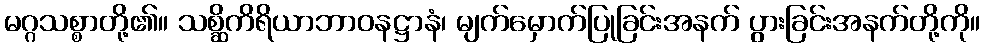
မဂ္ဂသစ္စာတို့၏။ သစ္ဆိကိရိယာဘာဝနဋ္ဌာနံ၊ မျက်မှောက်ပြုခြင်းအနက် ပွားခြင်းအနက်တို့ကို။